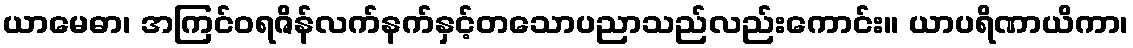
ယာမေဓာ၊ အကြင်ဝရဇိန်လက်နက်နှင့်တသောပညာသည်လည်းကောင်း။ ယာပရိဏာယိကာ၊